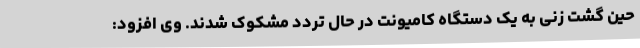
حین گشت زنی به یک دستگاه کامیونت در حال تردد مشکوک شدند. وی افزود: